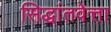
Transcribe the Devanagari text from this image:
सिद्धांतवेत्ता